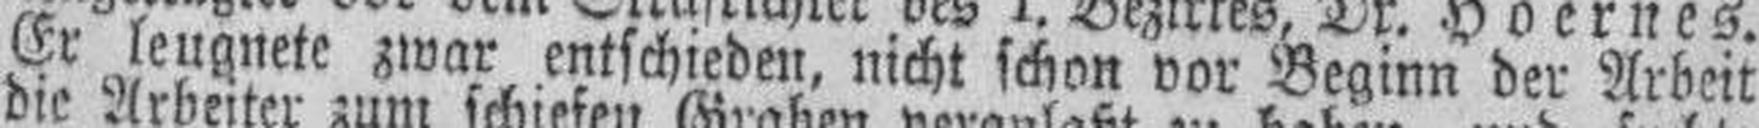
Er leugnete zwar entschieden, nicht schon vor Beginn der Arbeit